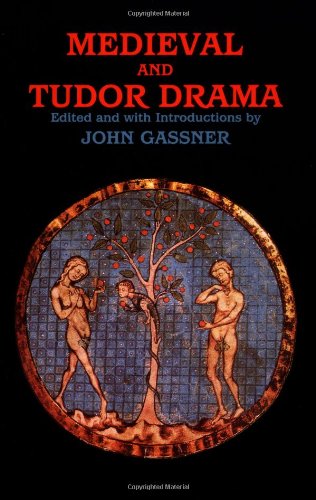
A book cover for Medieval and Tudor Drama: Twenty-Four Plays; John Gassner; Literature & Fiction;